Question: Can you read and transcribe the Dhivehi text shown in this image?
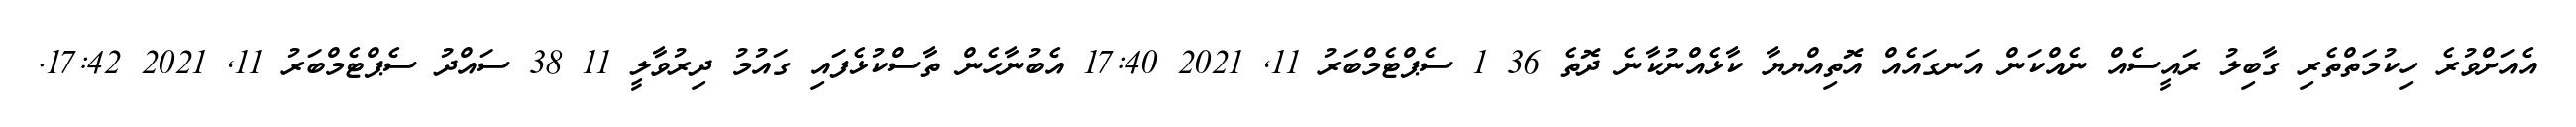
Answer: އެއަށްވުރެ ހިކުމަތްތެރި ގާބިލު ރައީސެއް ނެއްކަން އަނގައެއް އޮތިއްޔޔާ ކާޅެއްނުކާނެ ދޮތެ 36 1 ސެޕްޓެމްބަރު 11, 2021 17:40 އެބުނާހެން ތާސްކުޅެފައި ގައުމު ދިރުވާލީ 11 38 ސައްދު ސެޕްޓެމްބަރު 11, 2021 17:42.